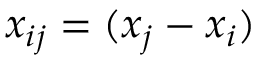
x _ { i j } = ( x _ { j } - x _ { i } )